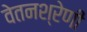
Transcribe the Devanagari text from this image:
वेतनश्रेणी